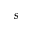
s